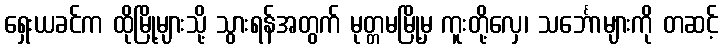
ရှေးယခင်က ထိုမြို့များသို့ သွားရန်အတွက် မုတ္တမမြို့မှ ကူးတို့လှေ၊ သင်္ဘောများကို တဆင့်